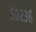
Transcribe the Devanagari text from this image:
५०२३६